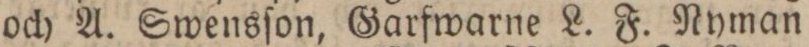
och A. Swensſon, Garfwarne L. F. Nyman